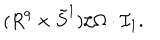
LaTeX: ( R ^ { 9 } \times \tilde { S } ^ { 1 } ) / \Omega \cdot { \mathcal I } _ { 1 } .